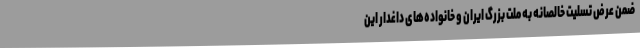
ضمن عرض تسلیت خالصانه به ملت بزرگ ایران و خانواده‌های داغدار این